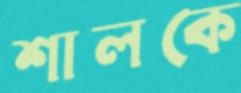
শালকে